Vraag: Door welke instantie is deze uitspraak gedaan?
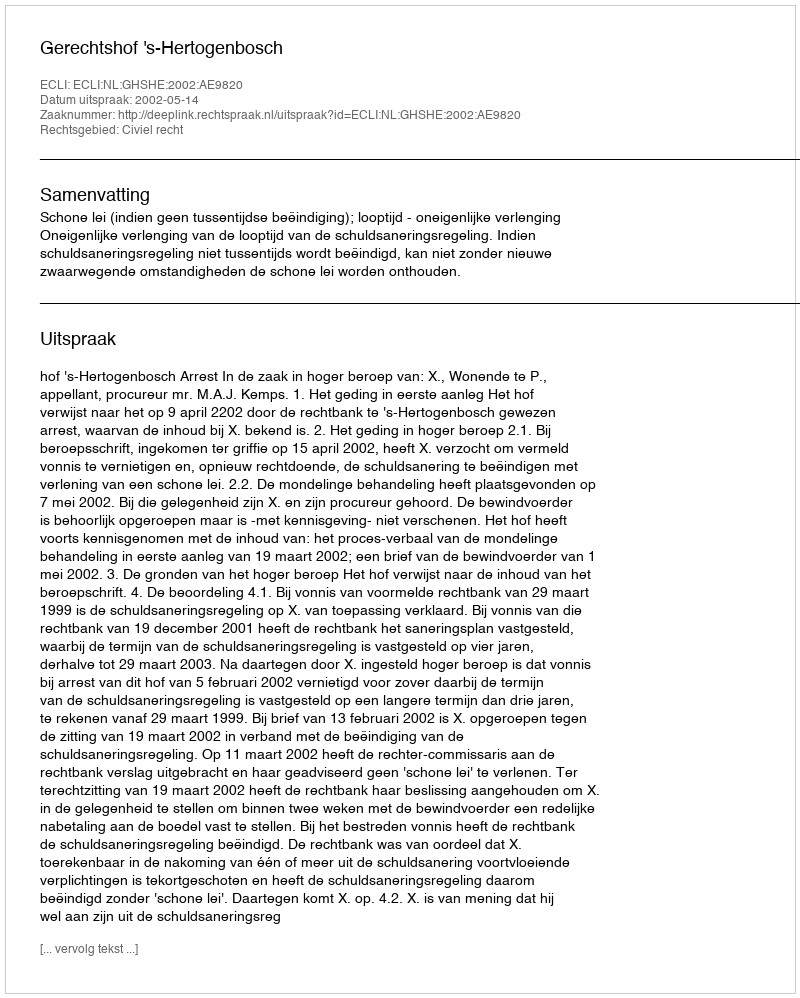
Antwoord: Gerechtshof 's-Hertogenbosch